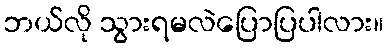
ဘယ်လို သွားရမလဲပြောပြပါလား။